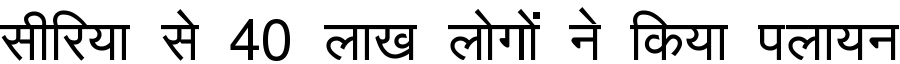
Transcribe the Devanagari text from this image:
सीरिया से 40 लाख लोगों ने किया पलायन